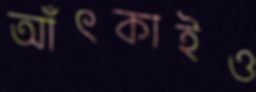
আঁৎকাইও